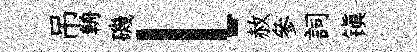
吊輈磯l赦參詞镇